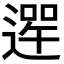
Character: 𨕣